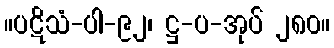
။ပဋိသံ-ပါ-၉၂၊ ဋ္ဌ-ပ-အုပ် ၂၈၀။